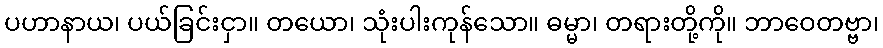
ပဟာနာယ၊ ပယ်ခြင်းငှာ။ တယော၊ သုံးပါးကုန်သော။ ဓမ္မာ၊ တရားတို့ကို။ ဘာဝေတဗ္ဗာ၊